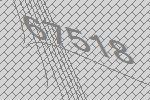
67518